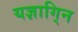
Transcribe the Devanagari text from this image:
यज्ञागि्न